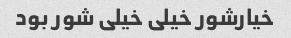
خیارشور خیلی خیلی شور بود